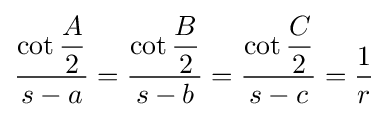
{\frac {\cot {\dfrac {A}{2}}}{s-a}}={\frac {\cot {\dfrac {B}{2}}}{s-b}}={\frac {\cot {\dfrac {C}{2}}}{s-c}}={\frac {1}{r}}